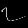
Digit: ၇